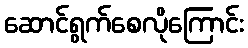
ဆောင်ရွက်စေလိုကြောင်း